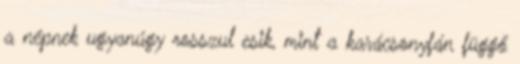
a népnek ugyanúgy rosszul esik, mint a karácsonyfán függő